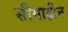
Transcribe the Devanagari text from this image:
सीमाहीन